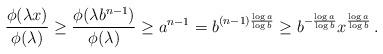
LaTeX: \begin{align*} \frac{\phi(\lambda x)}{\phi(\lambda)}\geq \frac{\phi(\lambda b^{n-1} )}{\phi(\lambda)}\geq a^{n-1}=b^{(n-1)\frac{\log{a}}{\log{b}}}\geq b^{-\frac{\log a}{\log b}}x^{\frac{\log a}{\log b}}\,.\end{align*}